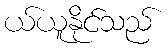
ယ်ယူနိုင်သည်